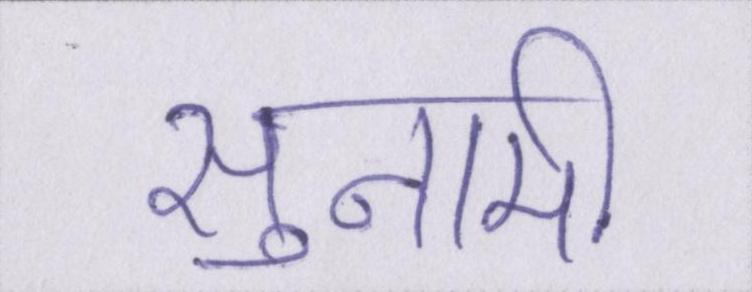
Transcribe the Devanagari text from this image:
सुनामी